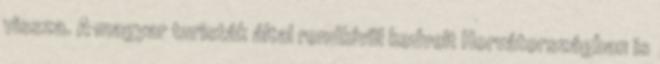
vissza. A magyar turisták által rendkívül kedvelt Horvátországban is